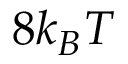
8 k _ { B } T